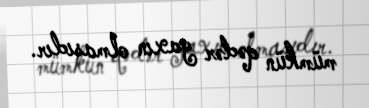
mümkün qədər yaxın olmasıdır.